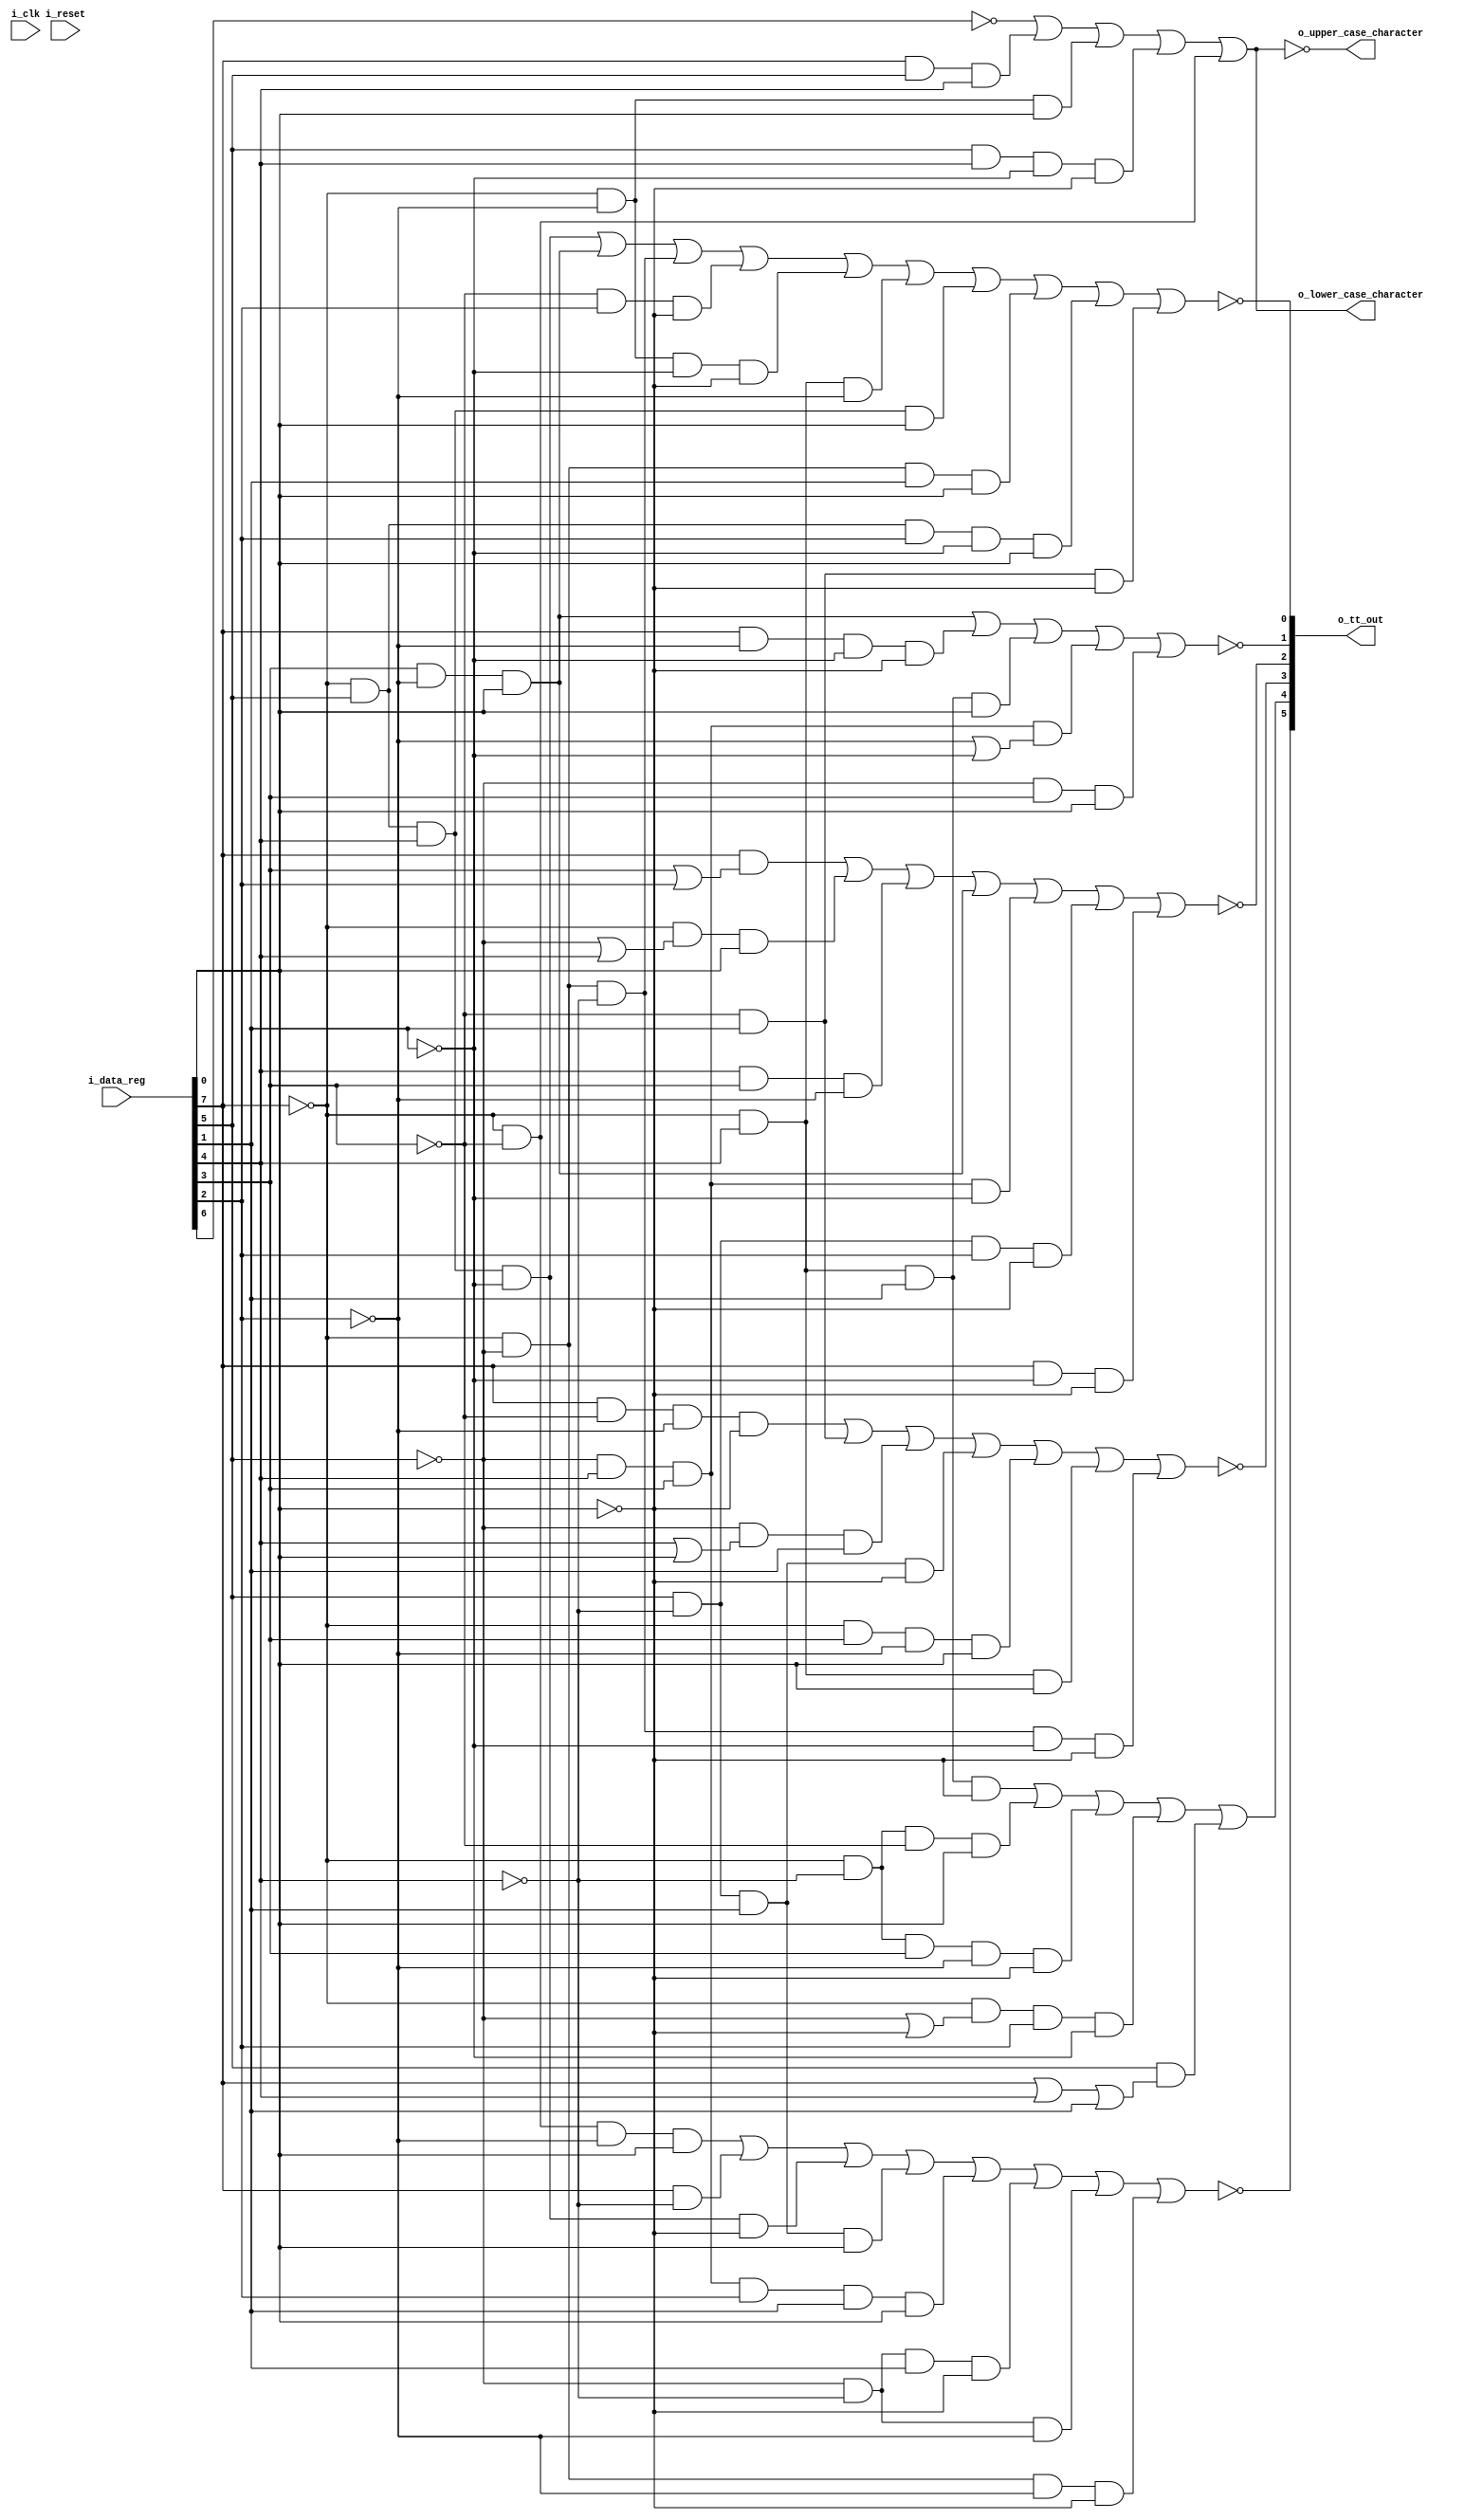
// from SY22-2909-2_1052_Adapter_and_2150_Console_FETOP_Jan69.pdf
// figure 6; printer translator translate 8-bit to tilt/rotate
// pdf page 17; "functional units 17
//
// altered to generate same tilt codes that appear on
// pdf page 22; "figure 10 1052 internal tilt/rotate code"
//
`default_nettype   none
module tt3(i_clk, i_reset,
	i_data_reg,
	o_tt_out,
	o_lower_case_character,
	o_upper_case_character);

// verilator lint_off UNUSED
input wire i_clk;
input wire i_reset;
// verilator lint_on UNUSED

input wire [7:0] i_data_reg;
output wire [5:0] o_tt_out;
output wire o_lower_case_character;
output wire o_upper_case_character;

wire not_t1;
wire t2;
wire not_r1;
wire not_r2;
wire not_r2a;
wire not_r5;

assign o_tt_out = {~not_t1, t2, ~not_r1, ~not_r2, ~not_r2a, ~not_r5};

wire b0,b1,b2,b3,b4,b5,b6,b7;

assign {b0,b1,b2,b3,b4,b5,b6,b7} = i_data_reg;

assign not_t1 = (~b0 & ~b4 & ~b5 & b7) |	// /
	(b0 & ~b3) |		// abcdefghistuvwxyzABCDEFGHISTUVWXYZ
	(~b0 & b2 & b3 & ~b6 & ~b7) |	// @
	(b2 & ~b3 & b6 & b7) |		// ,?txTX
	(~b2 & b3 & b4 & b5 & b6 & b7) |	// ^
	(~b2 & ~b3 & b6 & ~b7) |	// [+bfBF
	(~b2 & ~b3 & ~b5) |		// [.abchiABCHI
	(~b0 & ~b2 & ~b5 & ~b7);	// [&]
assign t2 = (~b0 & b3 & b6 & ~b7) |	// ];:=
	(~b0 & ~b3 & ~b4 & b7) |	// /
	(~b0 & ~b3 & b4 & ~b5 & ~b7) |	// [
	(~b0 & (~b2 | ~b7) & b5 & ~b6) |	// <(*)
					// <*%@ 
	(b2 & (b0 | b3 | b6 ));		// stuvwxyzSTUVWXYZ0123456789
					// :#@'="0123456789
					// ,>?:#="stwxSTWX2367
assign not_r1 = (b0 & ~b4 & ~b5 & ~b7) |	// bksBKS02
	(~b4 & b6) |			// bcfgklopstwxBCFGKLOPSTWX2367
	(~b2 & (b3 | b7) & b6) |	// ]$;^klopKLOP
					// .!$^cglpCGLP
	(b2 & ~b3 & b6 & ~b7) |		// >swSW
	(~b0 & b4 & ~b5 & b7) |		// .$,#
	(~b0 & b3 & b7) |		// $)^#'"
	(~b0 & ~b2 & ~b3 & ~b6 & ~b7);	// <
assign not_r2 = (b0 & (b4 | b5)) |		// hiqryzHIQRYZ89
					// defgmnopuvwxDEFGMNOPUVWX4567
	(~b0 & (~b2 |b3) & b7) |	// .(!$)^
					// $)^#'"
	(b3 & b4 & ~b5) |		// ]$:#qrQR89
	(b4 & ~b5 & b7) |		// .$,#irzIRZ9
	(~b2 & b3 & b4 & ~b6) |		// *)qrQR
	(b2 & ~b3 & b5 & ~b7) |		// %>uwUW
	(b0 & ~b6 & ~b7);		// dhmquyDHMQUY048
assign not_r2a = (b4 & ~b5 & b7) |		// .$,#irzIRZ9
	(b0 & ~b5 & ~b6 & ~b7) |	// hqyHQY08
	(~b0 & b3 & b6 & b7) |		// $^#"
	(~b2 & b3 & b4 & (~b5 | ~b6)) |	// ]$qrQR
					// *)qrQR
	(~b2 & b4 & b7);		// .(!$)^irIR
assign not_r5 = (~b0 & b2 & b3 & ~b6) |	// @'
	(b4 & ~b5 & b7) |		// .$,#irzIRZ9
	(~b0 & ~b2 & ~b3) |		// [.<(+!
	(~b4 & b5 & ~b7) |		// dfmouwDFMOUW46
	(~b0 & ~b5 & ~b6 & ~b7) |	// &-
	(~b0 & b3 & ~b5) |		// &]$:#
	(~b0 & b2 & b3 & b7) |		// #'"
	(~b0 & ~b2 & b6 & b7) |		// .!$^
	(~b0 & b2 & b5 & ~b6 & b7) |	// _'
	(~b4 & b6 & ~b7);		// bfkoswBFKOSW26
assign o_lower_case_character = (~b1) |		// a-z
	(b0 & b2 & b3) |			// 0-9
	(~b0 & ~b5 & b7) |			// .$/,#
	(b2 & b3 & ~b6 & ~b7) |			// @048
	(~b0 & ~b4);				// &-/
assign o_upper_case_character = ~o_lower_case_character;

endmodule